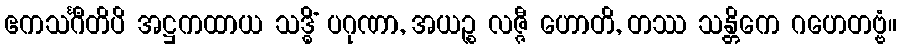
ဧကသင်္ဂီတိပိ အဋ္ဌကထာယ သဒ္ဓိံ ပဂုဏာ, အယဉ္စ လဇ္ဇီ ဟောတိ, တဿ သန္တိကေ ဂဟေတဗ္ဗံ။